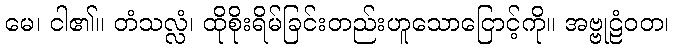
မေ၊ ငါ၏။ တံသလ္လံ၊ ထိုစိုးရိမ်ခြင်းတည်းဟူသောငြောင့်ကို။ အဗ္ဗုဠံဝတ၊